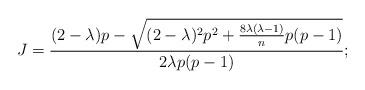
LaTeX: \begin{align*}J=\frac{(2-\lambda)p-\sqrt{(2-\lambda)^{2}p^{2}+\frac{8\lambda(\lambda-1)}{n}p(p-1)}}{2\lambda p(p-1)};\end{align*}